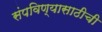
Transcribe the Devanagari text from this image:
संपविण्यासाठीची